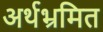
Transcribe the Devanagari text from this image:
अर्थभ्रमित